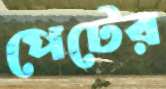
পেটের